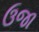
ઉજા